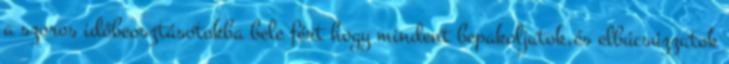
a szoros időbeosztásotokba bele fért hogy mindent bepakoljatok,és elbúcsúzzatok